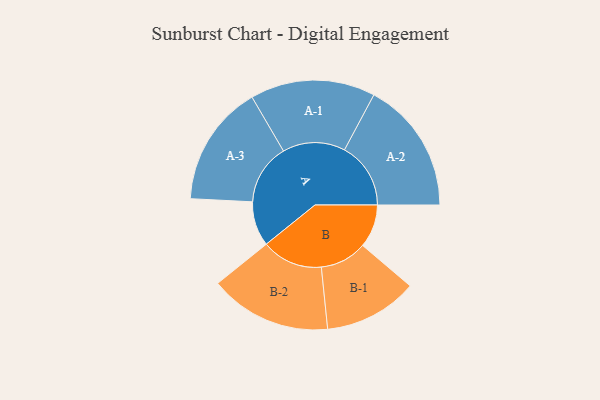
{"axis": {"x": "Segment", "y": "Value"}, "legend": ["", "A", "B"], "data": [{"x": "A", "y": 180, "type": ""}, {"x": "B", "y": 174, "type": ""}, {"x": "A-1", "y": 252, "type": "A"}, {"x": "A-2", "y": 267, "type": "A"}, {"x": "A-3", "y": 245, "type": "A"}, {"x": "B-1", "y": 189, "type": "B"}, {"x": "B-2", "y": 246, "type": "B"}]}